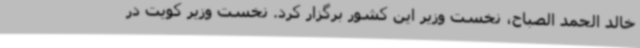
خالد الحمد الصباح، نخست وزیر این کشور برگزار کرد. نخست وزیر کویت در